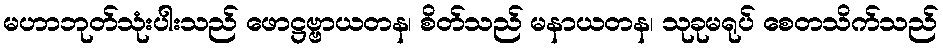
မဟာဘုတ်သုံးပါးသည် ဖောဋ္ဌဗ္ဗာယတန၊ စိတ်သည် မနာယတန၊ သုခုမရုပ် စေတသိက်သည်